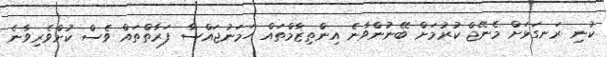
ކުނި ރަނގަޅަށް މެނޭޖް ކުރުމަށް ބޭނުންވާނެ އިންތިޒާމްތައް ހަމަނުޖައްސާ ފަރާތްތައް ވެސް ކުށްވެރިވާނެ